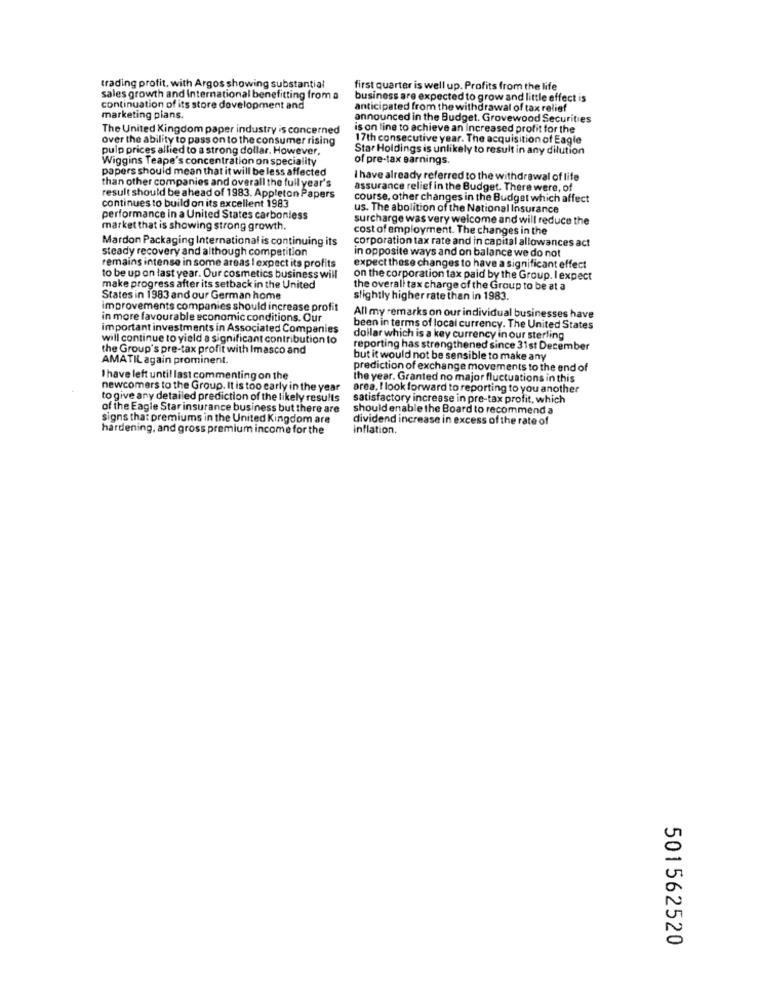
trading profit, with Argos showing substantial
first quarter is well up. Profits from the life
sales growth and International benefitting from a
business are expected to grow and little effect is
continuation of its store development and
anticipated from the withdrawal of tax relief
marketing plans.
announced in the Budget. Grovewood Securities
The United Kingdom paper industry is concerned
is on line to achieve an increased profit for the
over the ability to pass on to the consumer rising
17th consecutive year. The acquisition of Eagle
pulp prices allied to a strong dollar. However,
Star Holdings is unlikely to result in any dilution
Wiggins Teape's concentration on speciality
of pre-tax earnings.
papers should mean that it will be less affected
than other companies and overall the full year's
I have already referred to the withdrawal of life
assurance relief in the Budget. There were, of
result should be ahead of 1983. Appleton Papers
course, other changes in the Budget which affect
continues to build on its excellent 1983
us. The abolition of the National Insurance
performance in a United States carbonless
surcharge was very welcome and will reduce the
market that is showing strong growth.
cost of employment. The changes in the
Mardon Packaging International is continuing its
corporation tax rate and in capital allowances act
steady recovery and although competition
in opposite ways and on balance we do not
remains intense in some areas I expect its profits
expect these changes to have a significant effect
to be up on last year. Our cosmetics business will
on the corporation tax paid by the Group. I expect
make progress after its setback in the United
the overall tax charge of the Group to be at a
States in 1983 and our German home
slightly higher rate than in 1983.
improvements companies should increase profit
in more favourable economic conditions. Our
All my remarks on our individual businesses have
important investments in Associated Companies
been in terms of local currency. The United States
will continue to yield a significant contribution to
dollar which is a key currency in our sterling
the Group's pre-tax profit with Imasco and
reporting has strengthened since 31st December
AMATIL again prominent.
but it would not be sensible to make any
prediction of exchange movements to the end of
I have left until last commenting on the
the year. Granted no major fluctuations in this
newcomers to the Group. It is too early in the year
area. I look forward to reporting to you another
to give any detailed prediction of the likely results
satisfactory increase in pre-tax profit, which
of the Eagle Star insurance business but there are
should enable the Board to recommend a
signs that premiums in the United Kingdom are
dividend increase in excess of the rate of
hardening, and gross premium income for the
inflation.
501562520